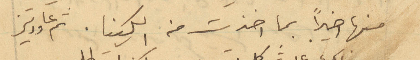
منها اخيراً بما اخذت من الكينا. ثم عاودتني